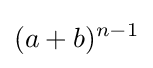
(a+b)^{n-1}